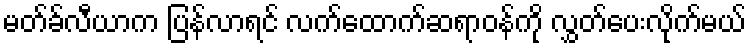
မတ်ခ်လီယာက ပြန်လာရင် လက်ထောက်ဆရာဝန်ကို လွှတ်ပေးလိုက်မယ်